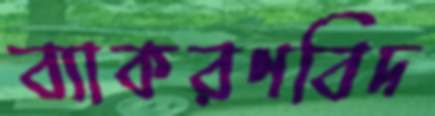
ব্যাকরণবিদ